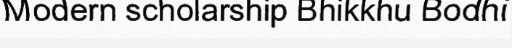
Modern scholarship Bhikkhu Bodhi